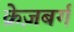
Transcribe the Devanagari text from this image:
क्रेज़बर्ग